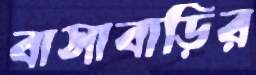
বাসাবাড়ির